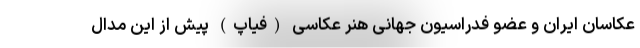
عکاسان ایران و عضو فدراسیون جهانی هنر عکاسی (فیاپ) پیش از این مدال